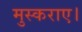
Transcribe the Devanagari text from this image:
मुस्कराए।